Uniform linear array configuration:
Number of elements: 4
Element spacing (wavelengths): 0.75
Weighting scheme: blackman
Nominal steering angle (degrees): -45
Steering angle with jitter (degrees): -45.351
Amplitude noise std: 0.05
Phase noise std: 0.05

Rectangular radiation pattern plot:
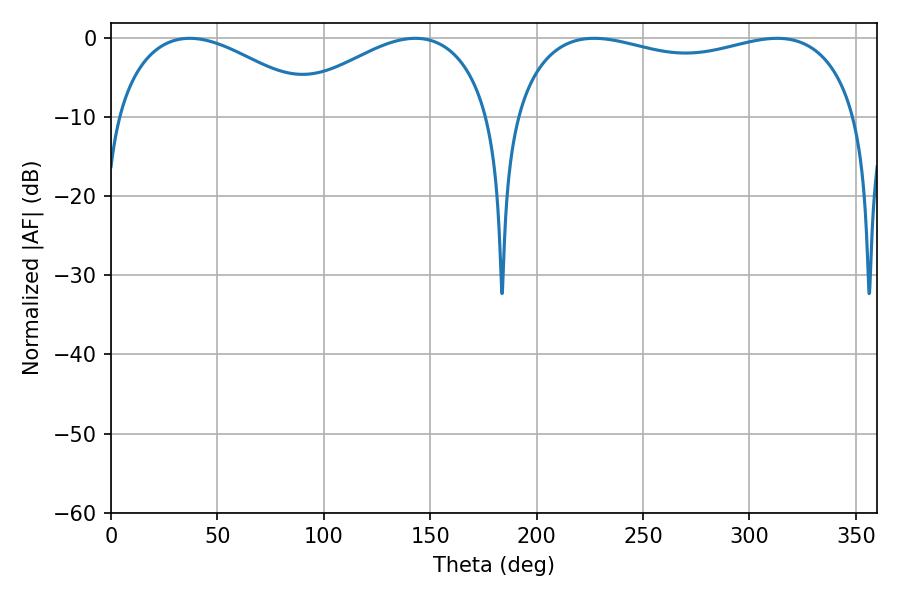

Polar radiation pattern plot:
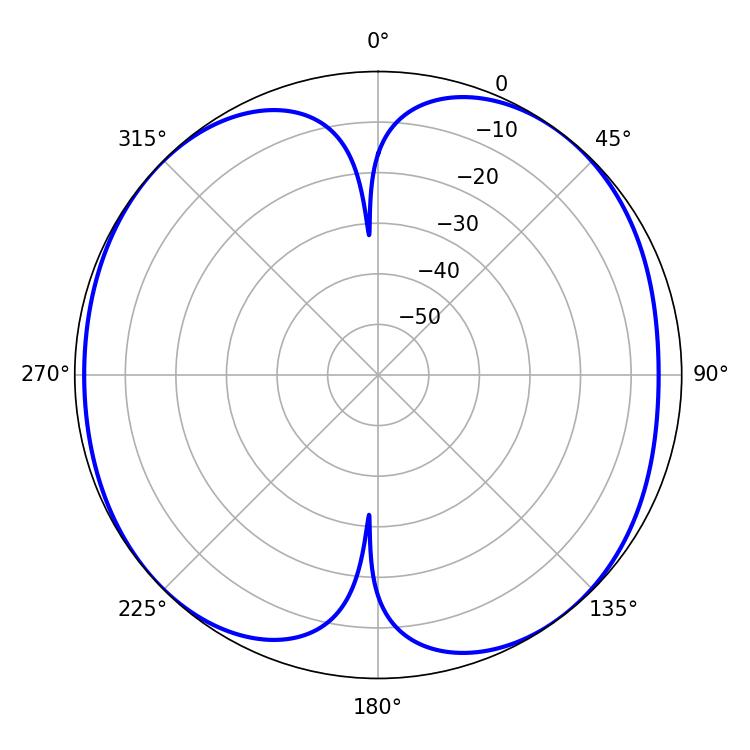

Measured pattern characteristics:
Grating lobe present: TRUE
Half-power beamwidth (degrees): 132.84
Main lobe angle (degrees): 313.02